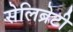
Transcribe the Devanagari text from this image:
सेलिब्रेटी